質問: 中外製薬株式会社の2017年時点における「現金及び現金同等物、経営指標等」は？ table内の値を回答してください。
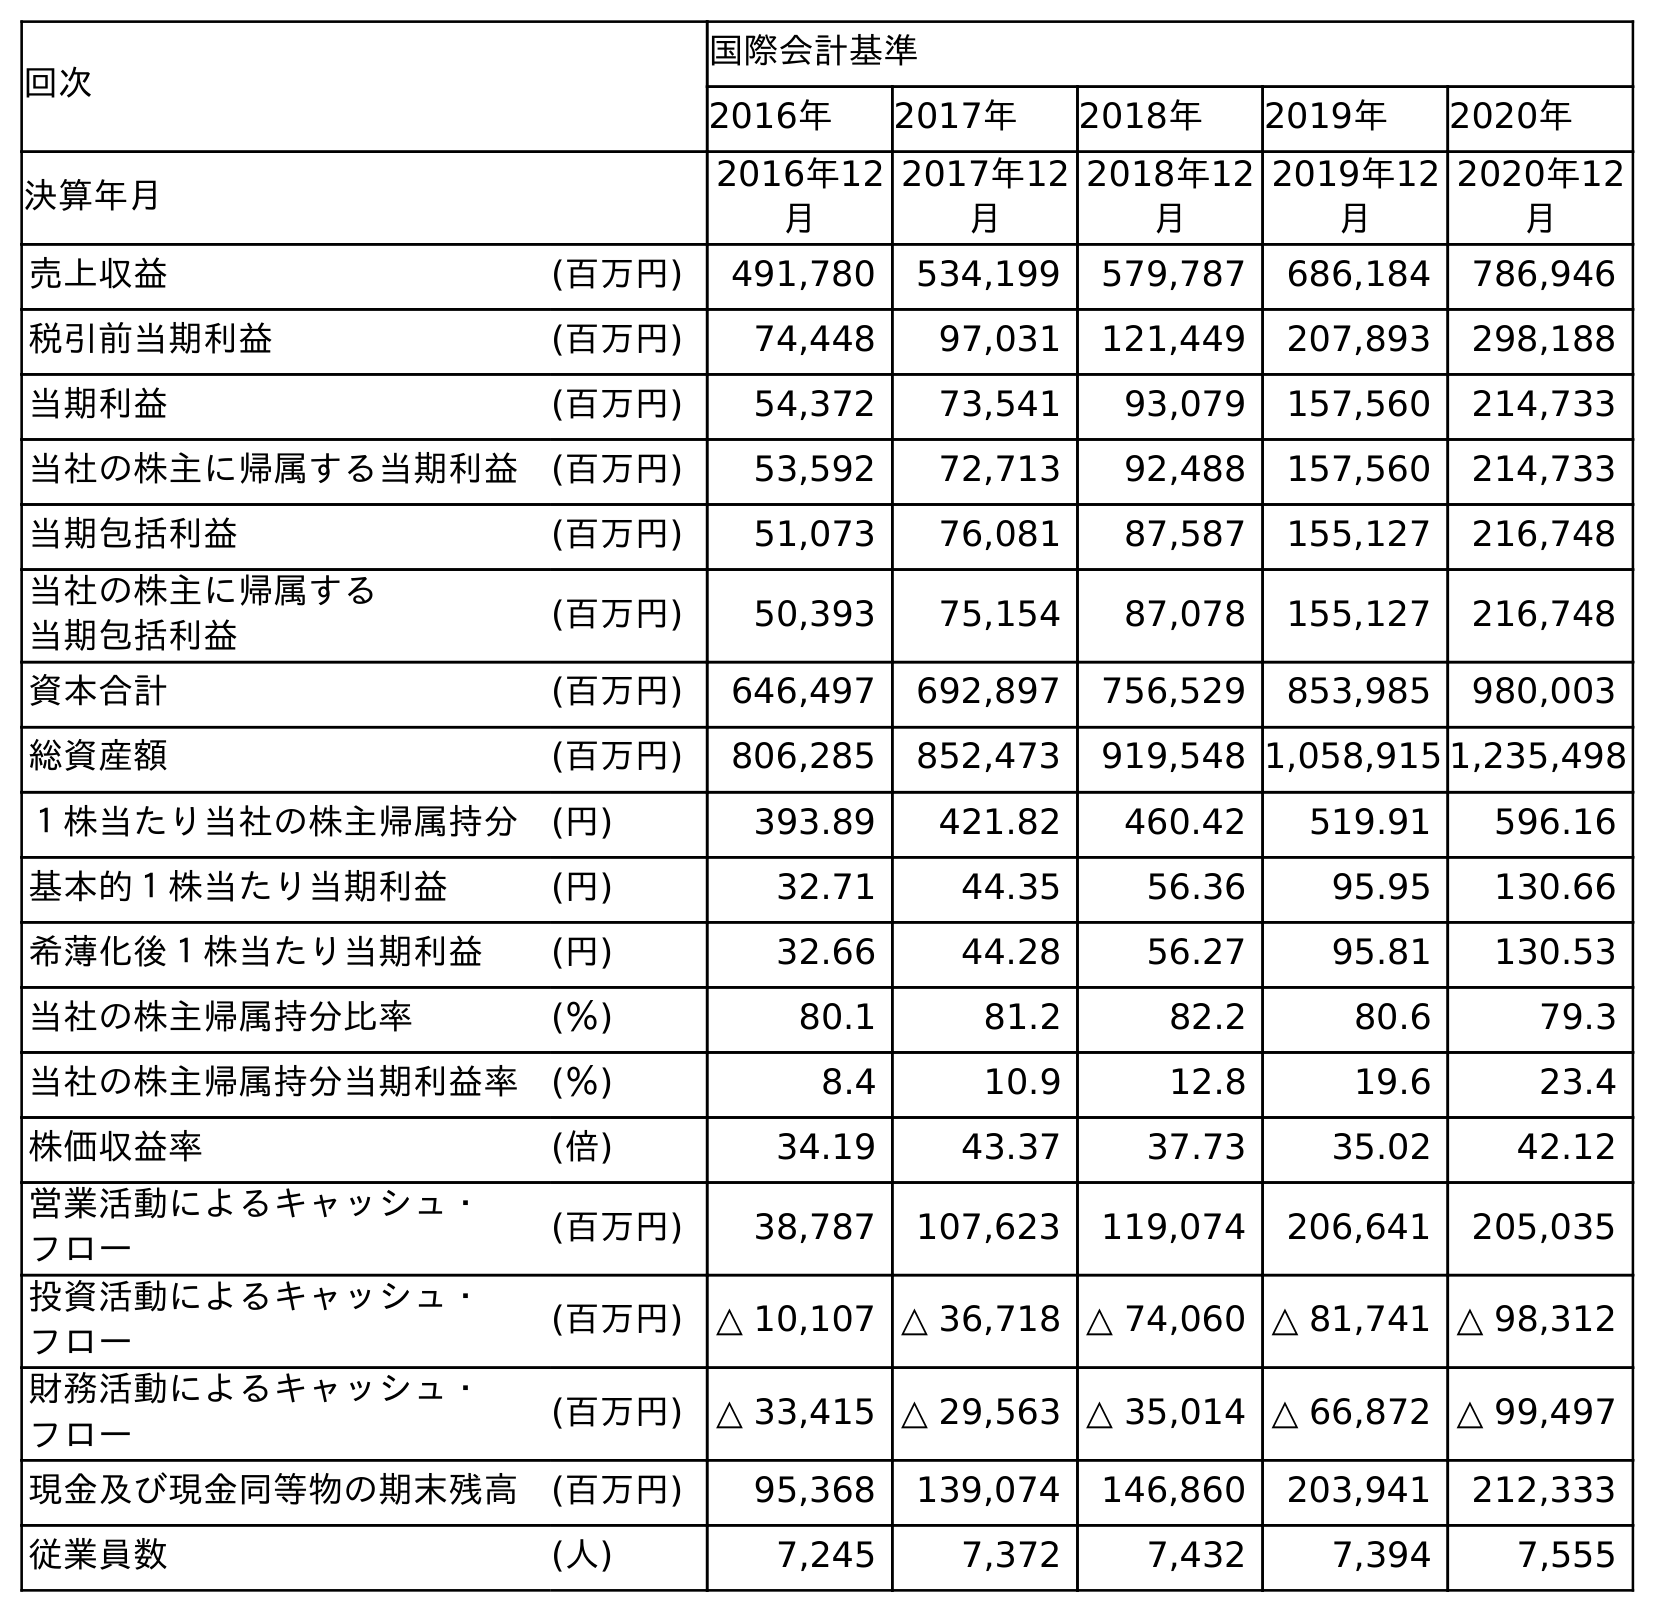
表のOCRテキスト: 回次 国際会計基準 2016年 2017年 2018年 2019年 2020年 決算年月 2016年12 月 2017年12 月 2018年12 月 2019年12 月 2020年12 月 売上収益 (百万円) 491,780 534,199 579,787 686,184 786,946 税引前当期利益 (百万円) 74,448 97,031 121,449 207,893 298,188 当期利益 (百万円) 54,372 73,541 93,079 157,560 214,733 当社の株主に帰属する当期利益 (百万円) 53,592 72,713 92,488 157,560 214,733 当期包括利益 (百万円) 51,073 76,081 87,587 155,127 216,748 当社の株主に帰属する 当期包括利益 (百万円) 50,393 75,154 87,078 155,127 216,748 資本合計 (百万円) 646,497 692,897 756,529 853,985 980,003 総資産額 (百万円) 806,285 852,473 919,548 1,058,915 1,235,498 １株当たり当社の株主帰属持分 (円) 393.89 421.82 460.42 519.91 596.16 基本的１株当たり当期利益 (円) 32.71 44.35 56.36 95.95 130.66 希薄化後１株当たり当期利益 (円) 32.66 44.28 56.27 95.81 130.53 当社の株主帰属持分比率 (％) 80.1 81.2 82.2 80.6 79.3 当社の株主帰属持分当期利益率 (％) 8.4 10.9 12.8 19.6 23.4 株価収益率 (倍) 34.19 43.37 37.73 35.02 42.12 営業活動によるキャッシュ・ フロー (百万円) 38,787 107,623 119,074 206,641 205,035 投資活動によるキャッシュ・ フロー (百万円) △ 10,107 △ 36,718 △ 74,060 △ 81,741 △ 98,312 財務活動によるキャッシュ・ フロー (百万円) △ 33,415 △ 29,563 △ 35,014 △ 66,872 △ 99,497 現金及び現金同等物の期末残高 (百万円) 95,368 139,074 146,860 203,941 212,333 従業員数 (人) 7,245 7,372 7,432 7,394 7,555
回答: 139,074